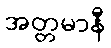
အတ္တမာနီ